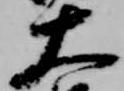
大